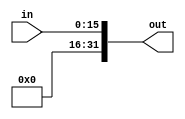
module immediate_signExtension(in, out);

    /* A 16-Bit input word */
    input [15:0] in;
    
    /* A 32-Bit output word */
    output reg [31:0] out;   //using always @
    //output [31:0] out;   //using assign statement
    
    parameter ZEROES = 16'd0;
    
    always @(in) begin   
            out <= {ZEROES, in};
        end
  

endmodule